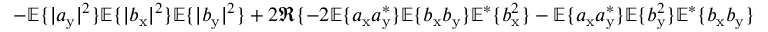
- \mathbb { E } \{ | a _ { \mathrm { y } } | ^ { 2 } \} \mathbb { E } \{ | b _ { \mathrm { x } } | ^ { 2 } \} \mathbb { E } \{ | b _ { \mathrm { y } } | ^ { 2 } \} + 2 \Re \{ - 2 \mathbb { E } \{ a _ { \mathrm { x } } a _ { \mathrm { y } } ^ { \ast } \} \mathbb { E } \{ b _ { \mathrm { x } } b _ { \mathrm { y } } \} \mathbb { E } ^ { \ast } \{ b _ { \mathrm { x } } ^ { 2 } \} - \mathbb { E } \{ a _ { \mathrm { x } } a _ { \mathrm { y } } ^ { \ast } \} \mathbb { E } \{ b _ { \mathrm { y } } ^ { 2 } \} \mathbb { E } ^ { \ast } \{ b _ { \mathrm { x } } b _ { \mathrm { y } } \}